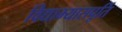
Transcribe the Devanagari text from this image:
विद्याभ्यासपूर्ति